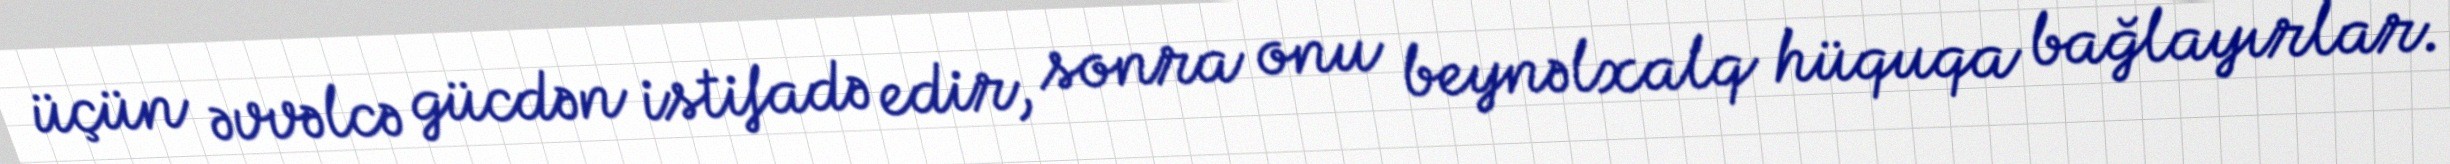
üçün əvvəlcə gücdən istifadə edir, sonra onu beynəlxalq hüquqa bağlayırlar.